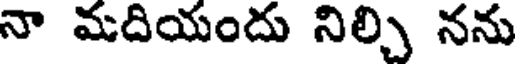
నా మదియందు నిల్చి నను